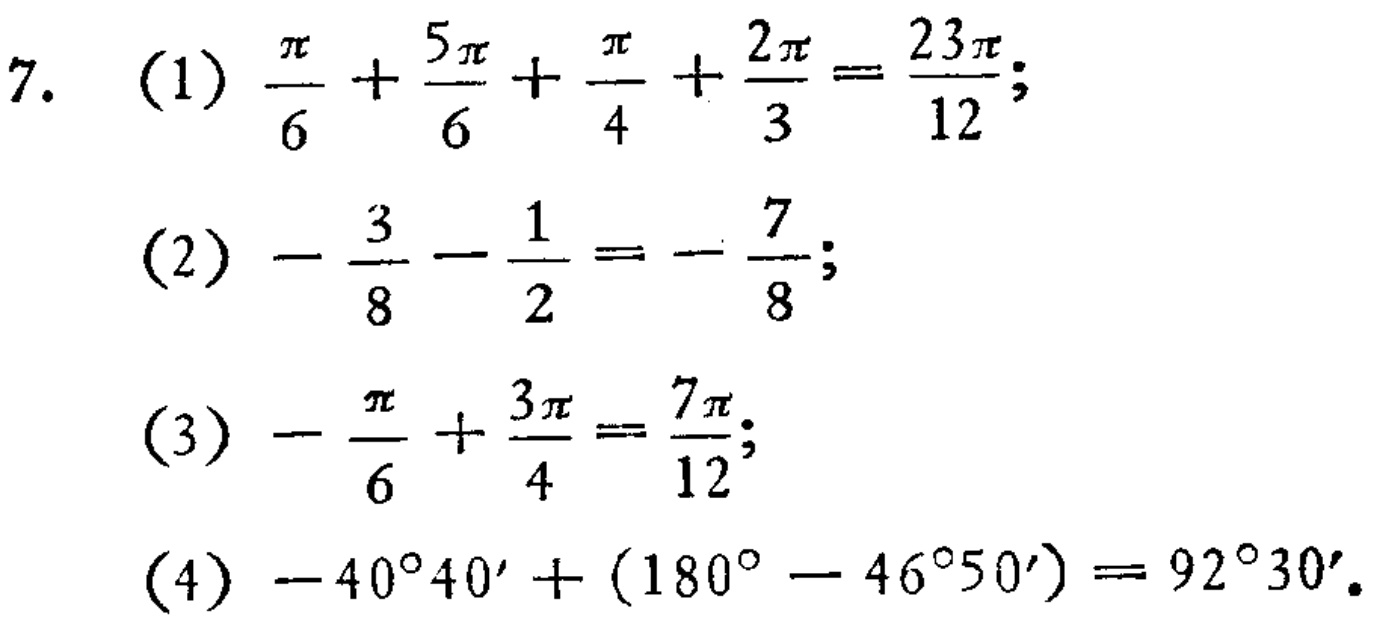
7.
(1) \(\frac{\pi}{6}+\frac{5\pi}{6}+\frac{\pi}{4}+\frac{2\pi}{3}=\frac{23\pi}{12}\);
(2) \(-\frac{3}{8}-\frac{1}{2}=-\frac{7}{8}\);
(3) \(-\frac{\pi}{6}+\frac{3\pi}{4}=\frac{7\pi}{12}\);
(4) \(-40^{\circ}40'+(180^{\circ}-46^{\circ}50') = 92^{\circ}30'\).